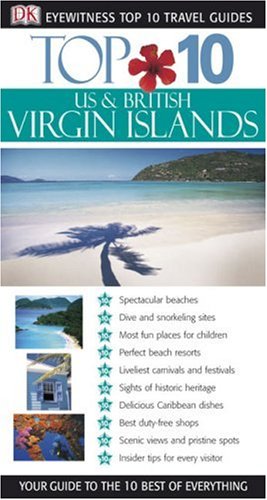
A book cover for Top 10 US & British Virgin Islands (Eyewitness Top 10 Travel Guide); Jeffrey Kennedy; Travel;